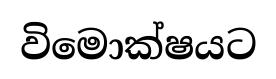
විමොක්ෂයට